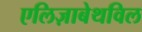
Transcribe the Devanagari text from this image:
एलिज़ाबेथविल